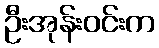
ဦးအုန်းဝင်းက